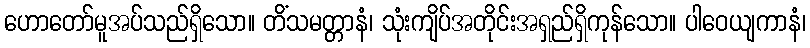
ဟောတော်မူအပ်သည်ရှိသော။ တိံသမတ္တာနံ၊ သုံးကျိပ်အတိုင်းအရှည်ရှိကုန်သော။ ပါဝေယျကာနံ၊